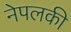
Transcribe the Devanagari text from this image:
नेपलकी